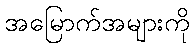
အမြောက်အများကို